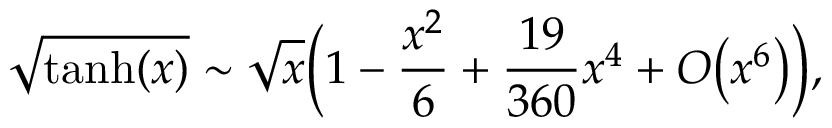
\sqrt { \operatorname { t a n h } ( x ) } \sim \sqrt { x } \bigg ( 1 - \frac { x ^ { 2 } } { 6 } + \frac { 1 9 } { 3 6 0 } x ^ { 4 } + O \big ( x ^ { 6 } \big ) \bigg ) ,